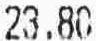
23.80